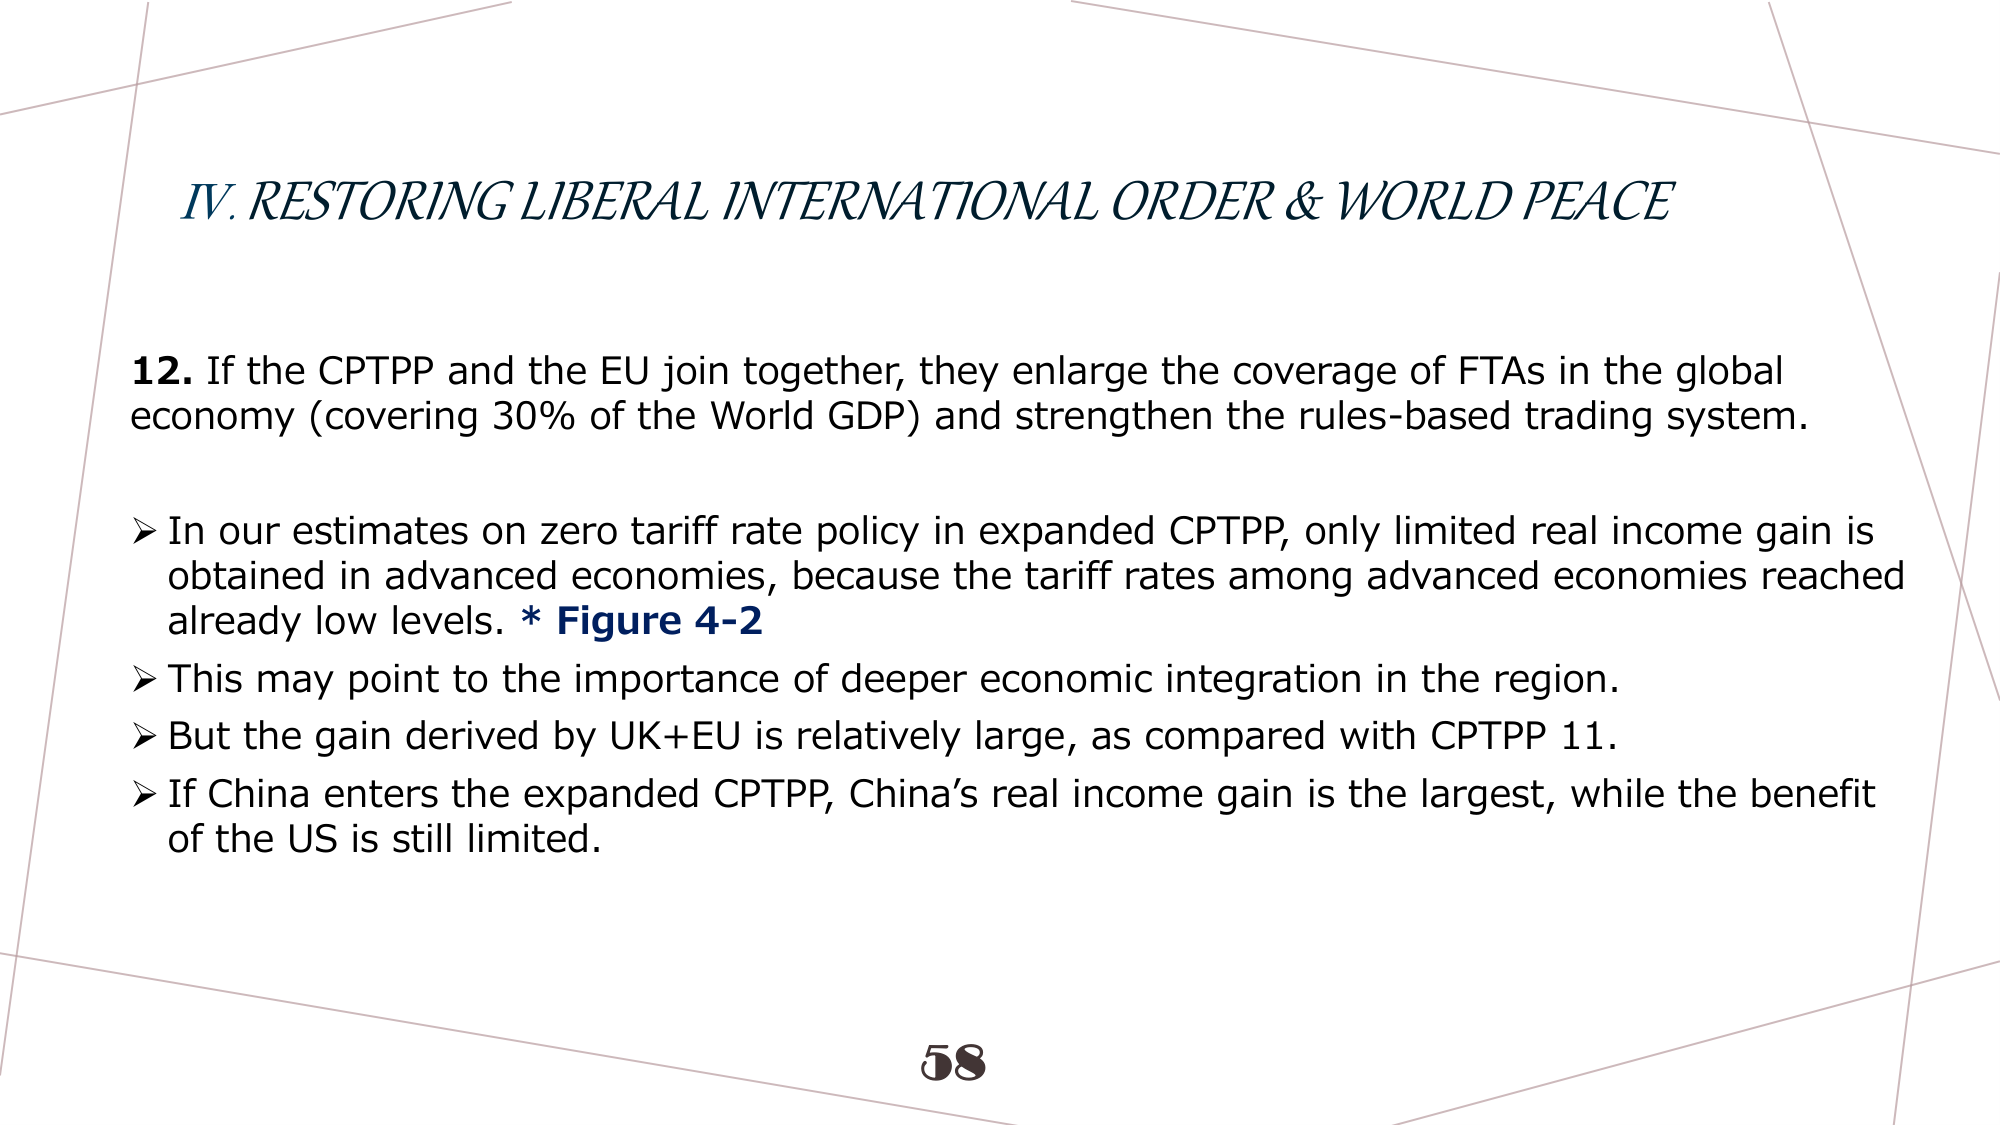
IV. RESTORING LIBERAL INTERNATIONAL ORDER & WORLD PEACE

12. If the CPTPP and the EU join together, they enlarge the coverage of FTAs in the global economy (covering 30% of the World GDP) and strengthen the rules-based trading system.

➤ In our estimates on zero tariff rate policy in expanded CPTPP, only limited real income gain is obtained in advanced economies, because the tariff rates among advanced economies reached already low levels. * Figure 4-2

➤ This may point to the importance of deeper economic integration in the region.

➤ But the gain derived by UK+EU is relatively large, as compared with CPTPP 11.

➤ If China enters the expanded CPTPP, China’s real income gain is the largest, while the benefit of the US is still limited.

58